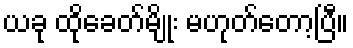
ယခု ထိုခေတ်မျိုး မဟုတ်တော့ပြီ။